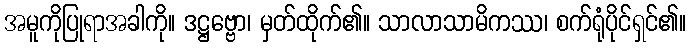
အမူကိုပြုရာအခါကို။ ဒဋ္ဌဗ္ဗော၊ မှတ်ထိုက်၏။ သာလာသာမိကဿ၊ စက်ရုံပိုင်ရှင်၏။